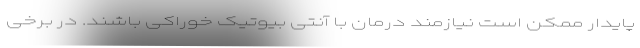
پایدار ممکن است نیازمند درمان با آنتی بیوتیک خوراکی باشند. در برخی